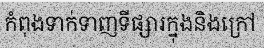
កំពុងទាក់ទាញទីផ្សារក្នុងនិងក្រៅ